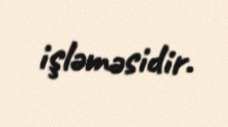
işləməsidir.